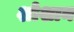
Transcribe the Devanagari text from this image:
शोशान